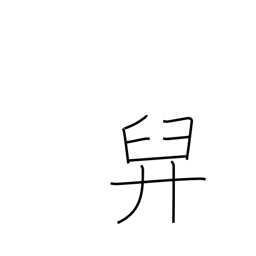
Meaning: bear